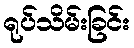
ရုပ်သိမ်းခြင်း